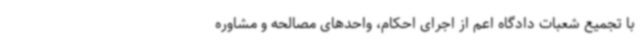
با تجمیع شعبات دادگاه اعم از اجرای احکام، واحدهای مصالحه و مشاوره